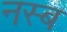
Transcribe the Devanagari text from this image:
नस्ब